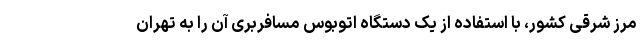
مرز شرقی کشور، با استفاده از یک دستگاه اتوبوس مسافربری آن را به تهران